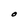
Character: O